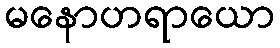
မနောဟရာယော